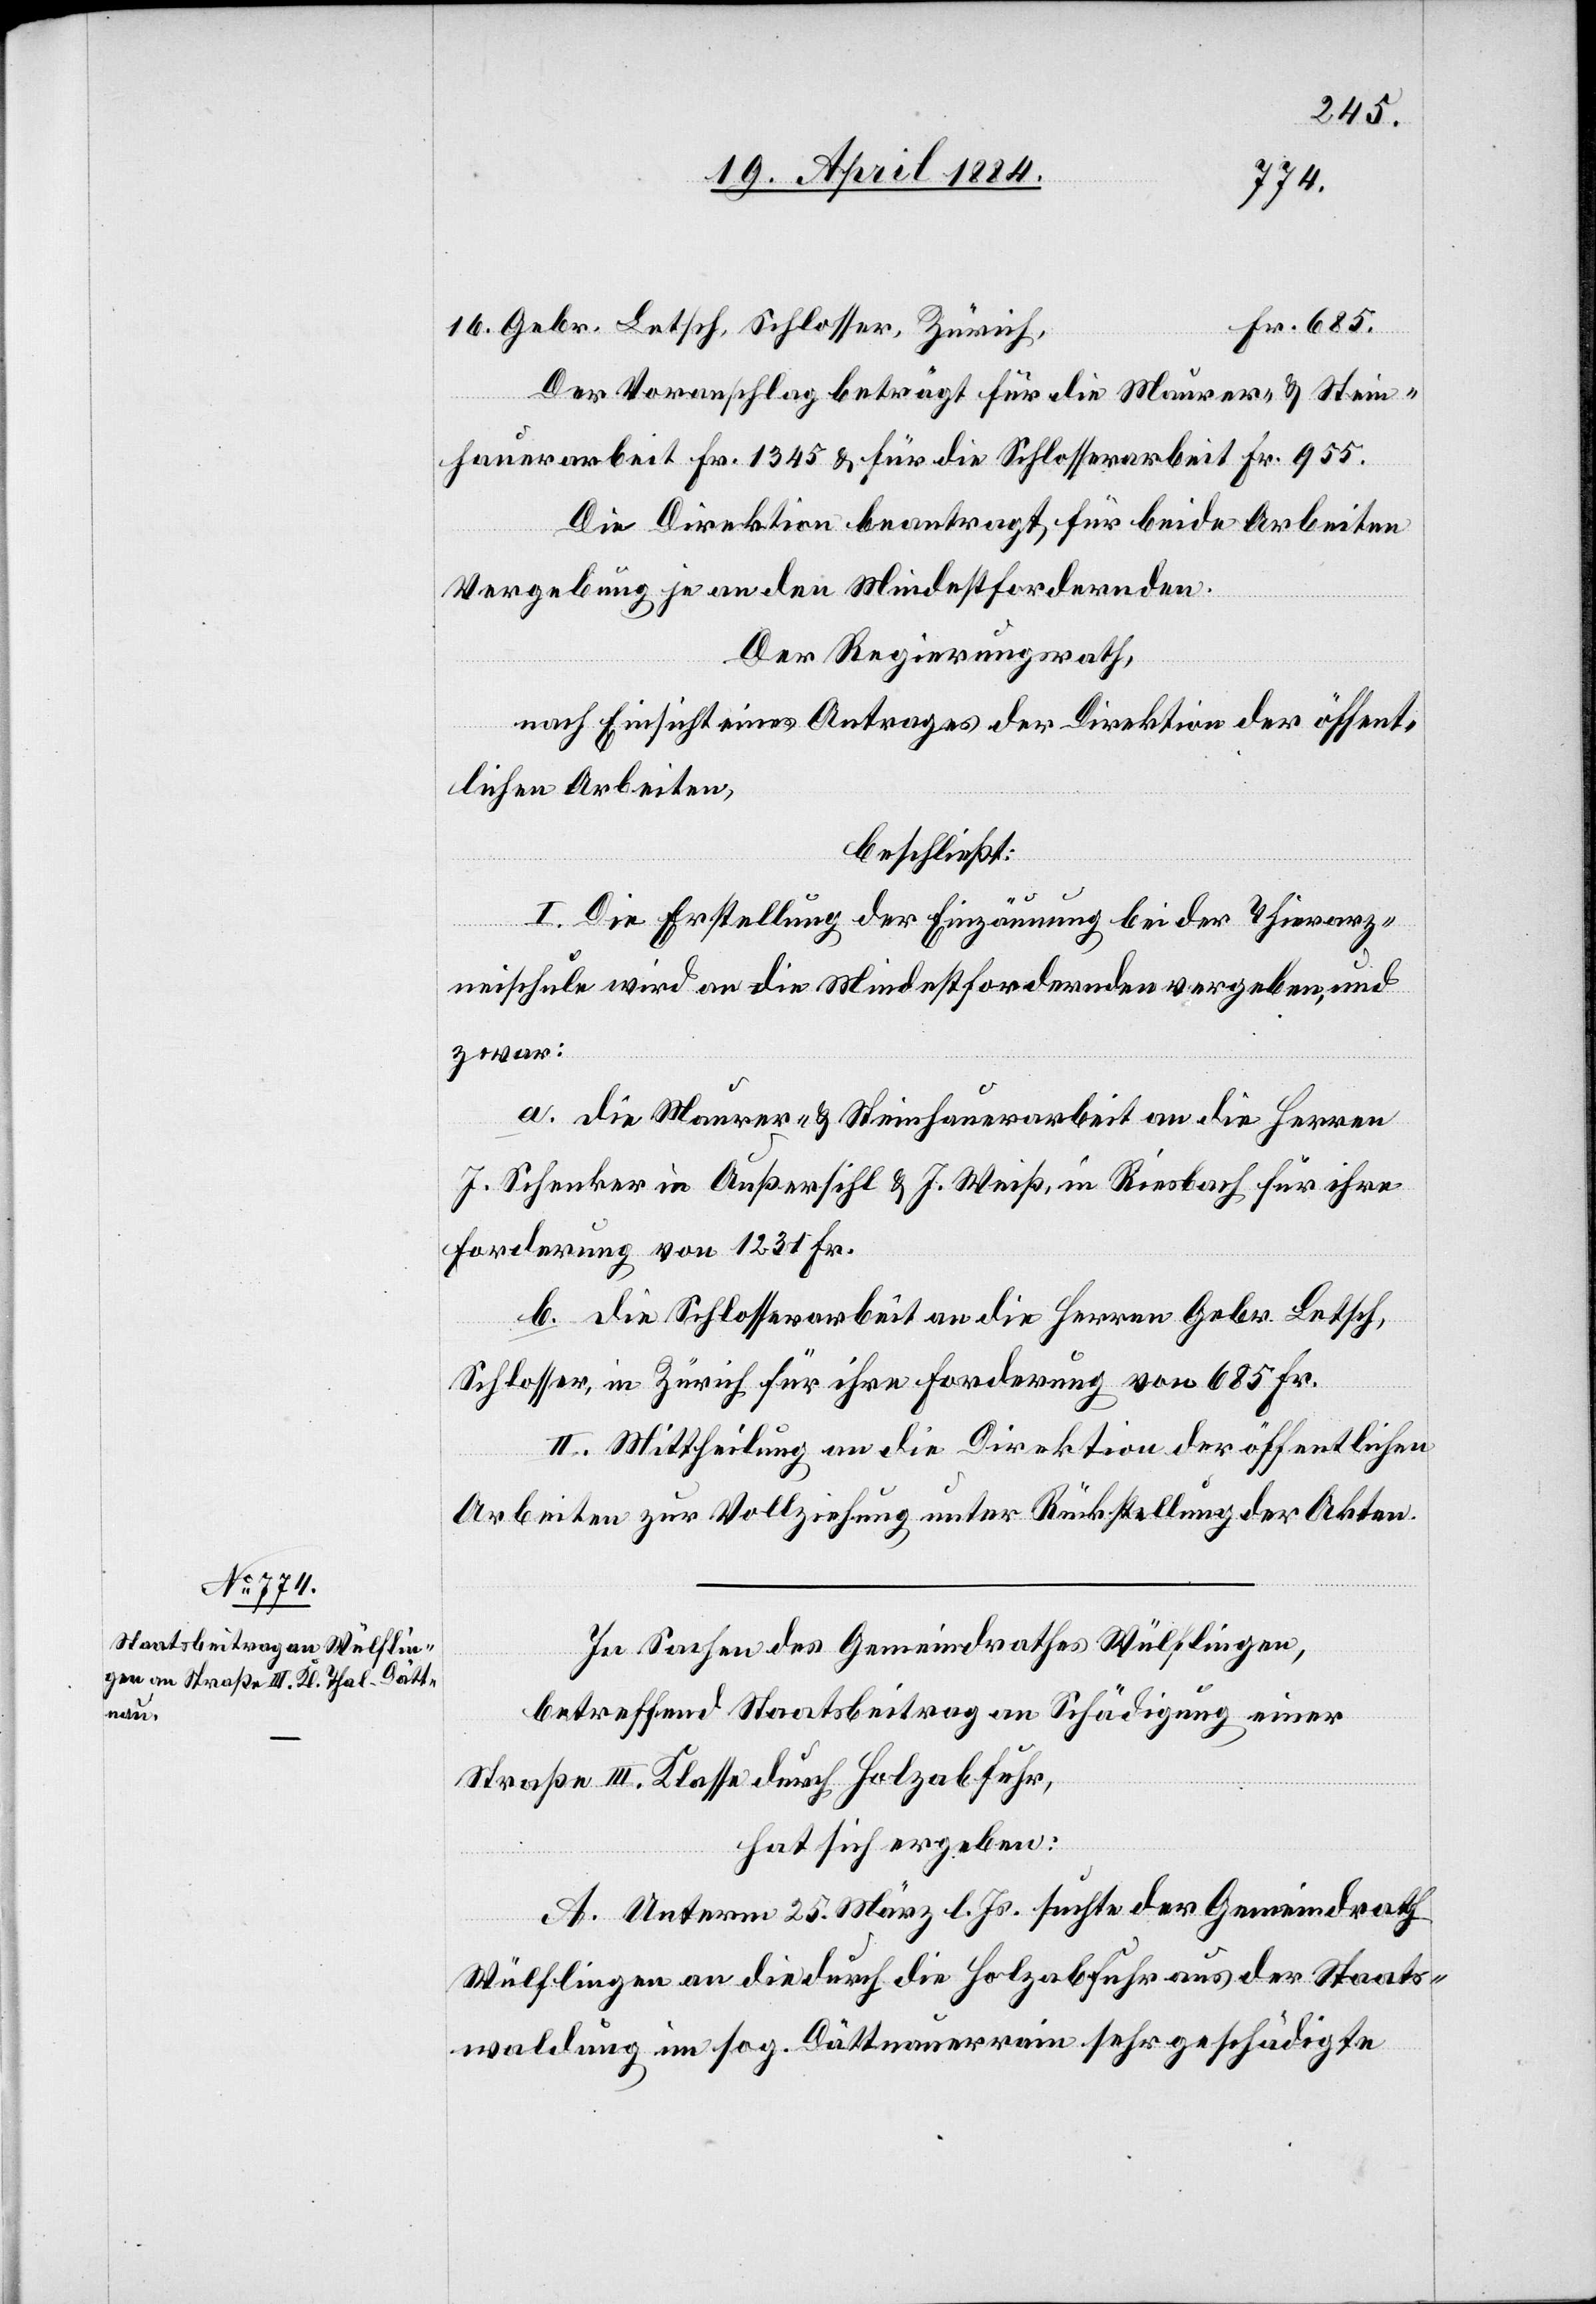
Der Voranschlag beträgt für die Maurer- & Stein¬
hauerarbeit Fr. 1345 & für die Schlosserarbeit Fr. 955.
Die Direktion beantragt, für beide Arbeiten
Vergebung je an den Mindestfordernden.
Der Regierungsrath,
nach Einsicht eines Antrages der Direktion der öffent¬
lichen Arbeiten,
beschließt:
I. Die Erstellung der Einzäunung bei der Thierarz¬
neischule wird an die Mindestfordernden vergeben, und
zwar:
a. die Maurer- & Steinhauerarbeit an die Herren
J. Schenker in Außersihl & J. Weiß, in Riesbach für ihre
Forderung von 1231 Fr.
b. die Schlosserarbeit an die Herren Gebr. Letsch,
Schlosser, in Zürich für ihre Forderung von 685 Fr.
II. Mittheilung an die Direktion der öffentlichen
Arbeiten zur Vollziehung unter Rückstellung der Akten.
In Sachen des Gemeindrathes Wülflingen,
betreffend Staatsbeitrag an Schädigung einer
Straße III. Klasse durch Holzabfuhr,
hat sich ergeben:
A. Unterm 25. März l. Js. suchte der Gemeindrath
Wülflingen an die durch die Holzabfuhr aus der Staats¬
waldung im sog. Dättnauerrain sehr geschädigte